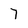
Character: 7